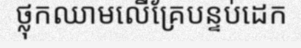
ថ្លុកឈាមលើគ្រែបន្ទប់ដេក